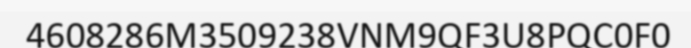
4608286M3509238VNM9QF3U8PQC0F0